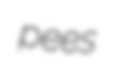
pees